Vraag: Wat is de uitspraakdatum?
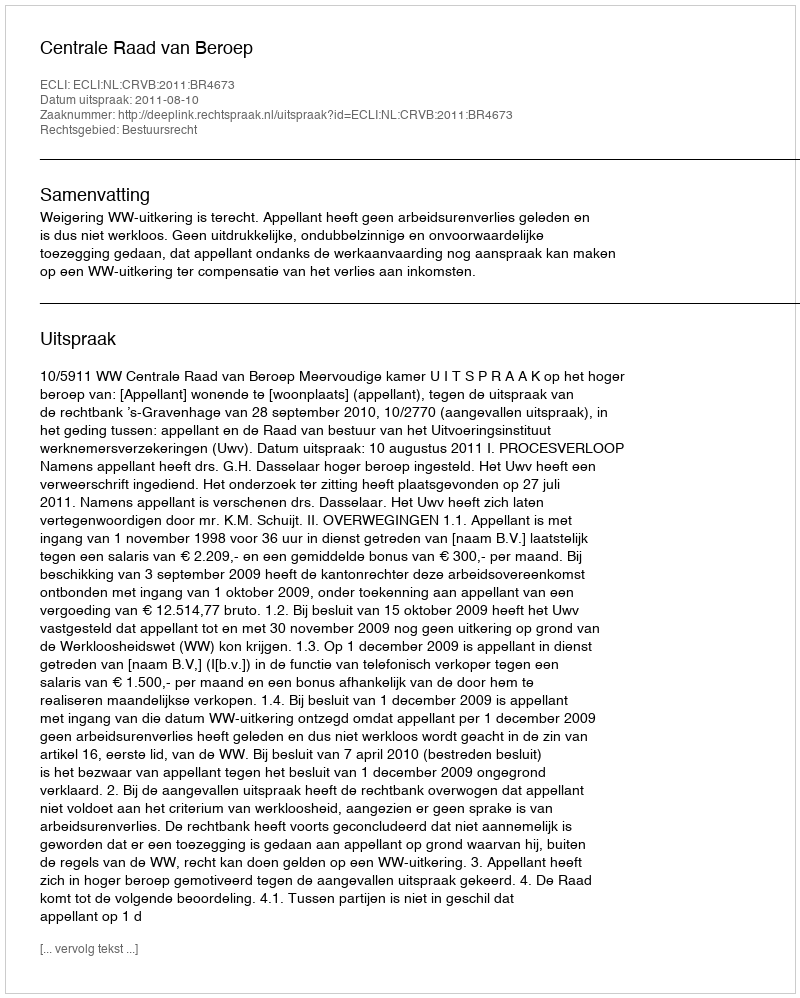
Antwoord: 2011-08-10